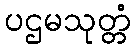
ပဌမသုတ္တံ